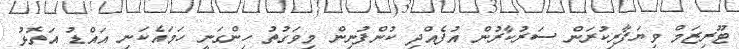
ޓޫރިޒަމް ވިޔަފާރިކުރަން ސަރުކާރުން އުފެއްދި ކުންފުނިން މިވަގުތު ހިންގަނީ ހަމައެކަނި އައްޑު އަތޮޅު